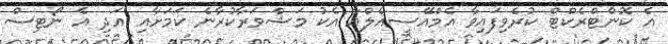
އެ ކޮންޓްރެކްޓް ކުރެވިފައިވާ އެމްއޭސީއެލްއާ އެކު މަޝްވަރާކުރާނެ ކަމަށާއި އަދި އެ ނޯޓިސް